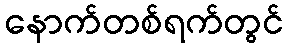
နောက်တစ်ရက်တွင်